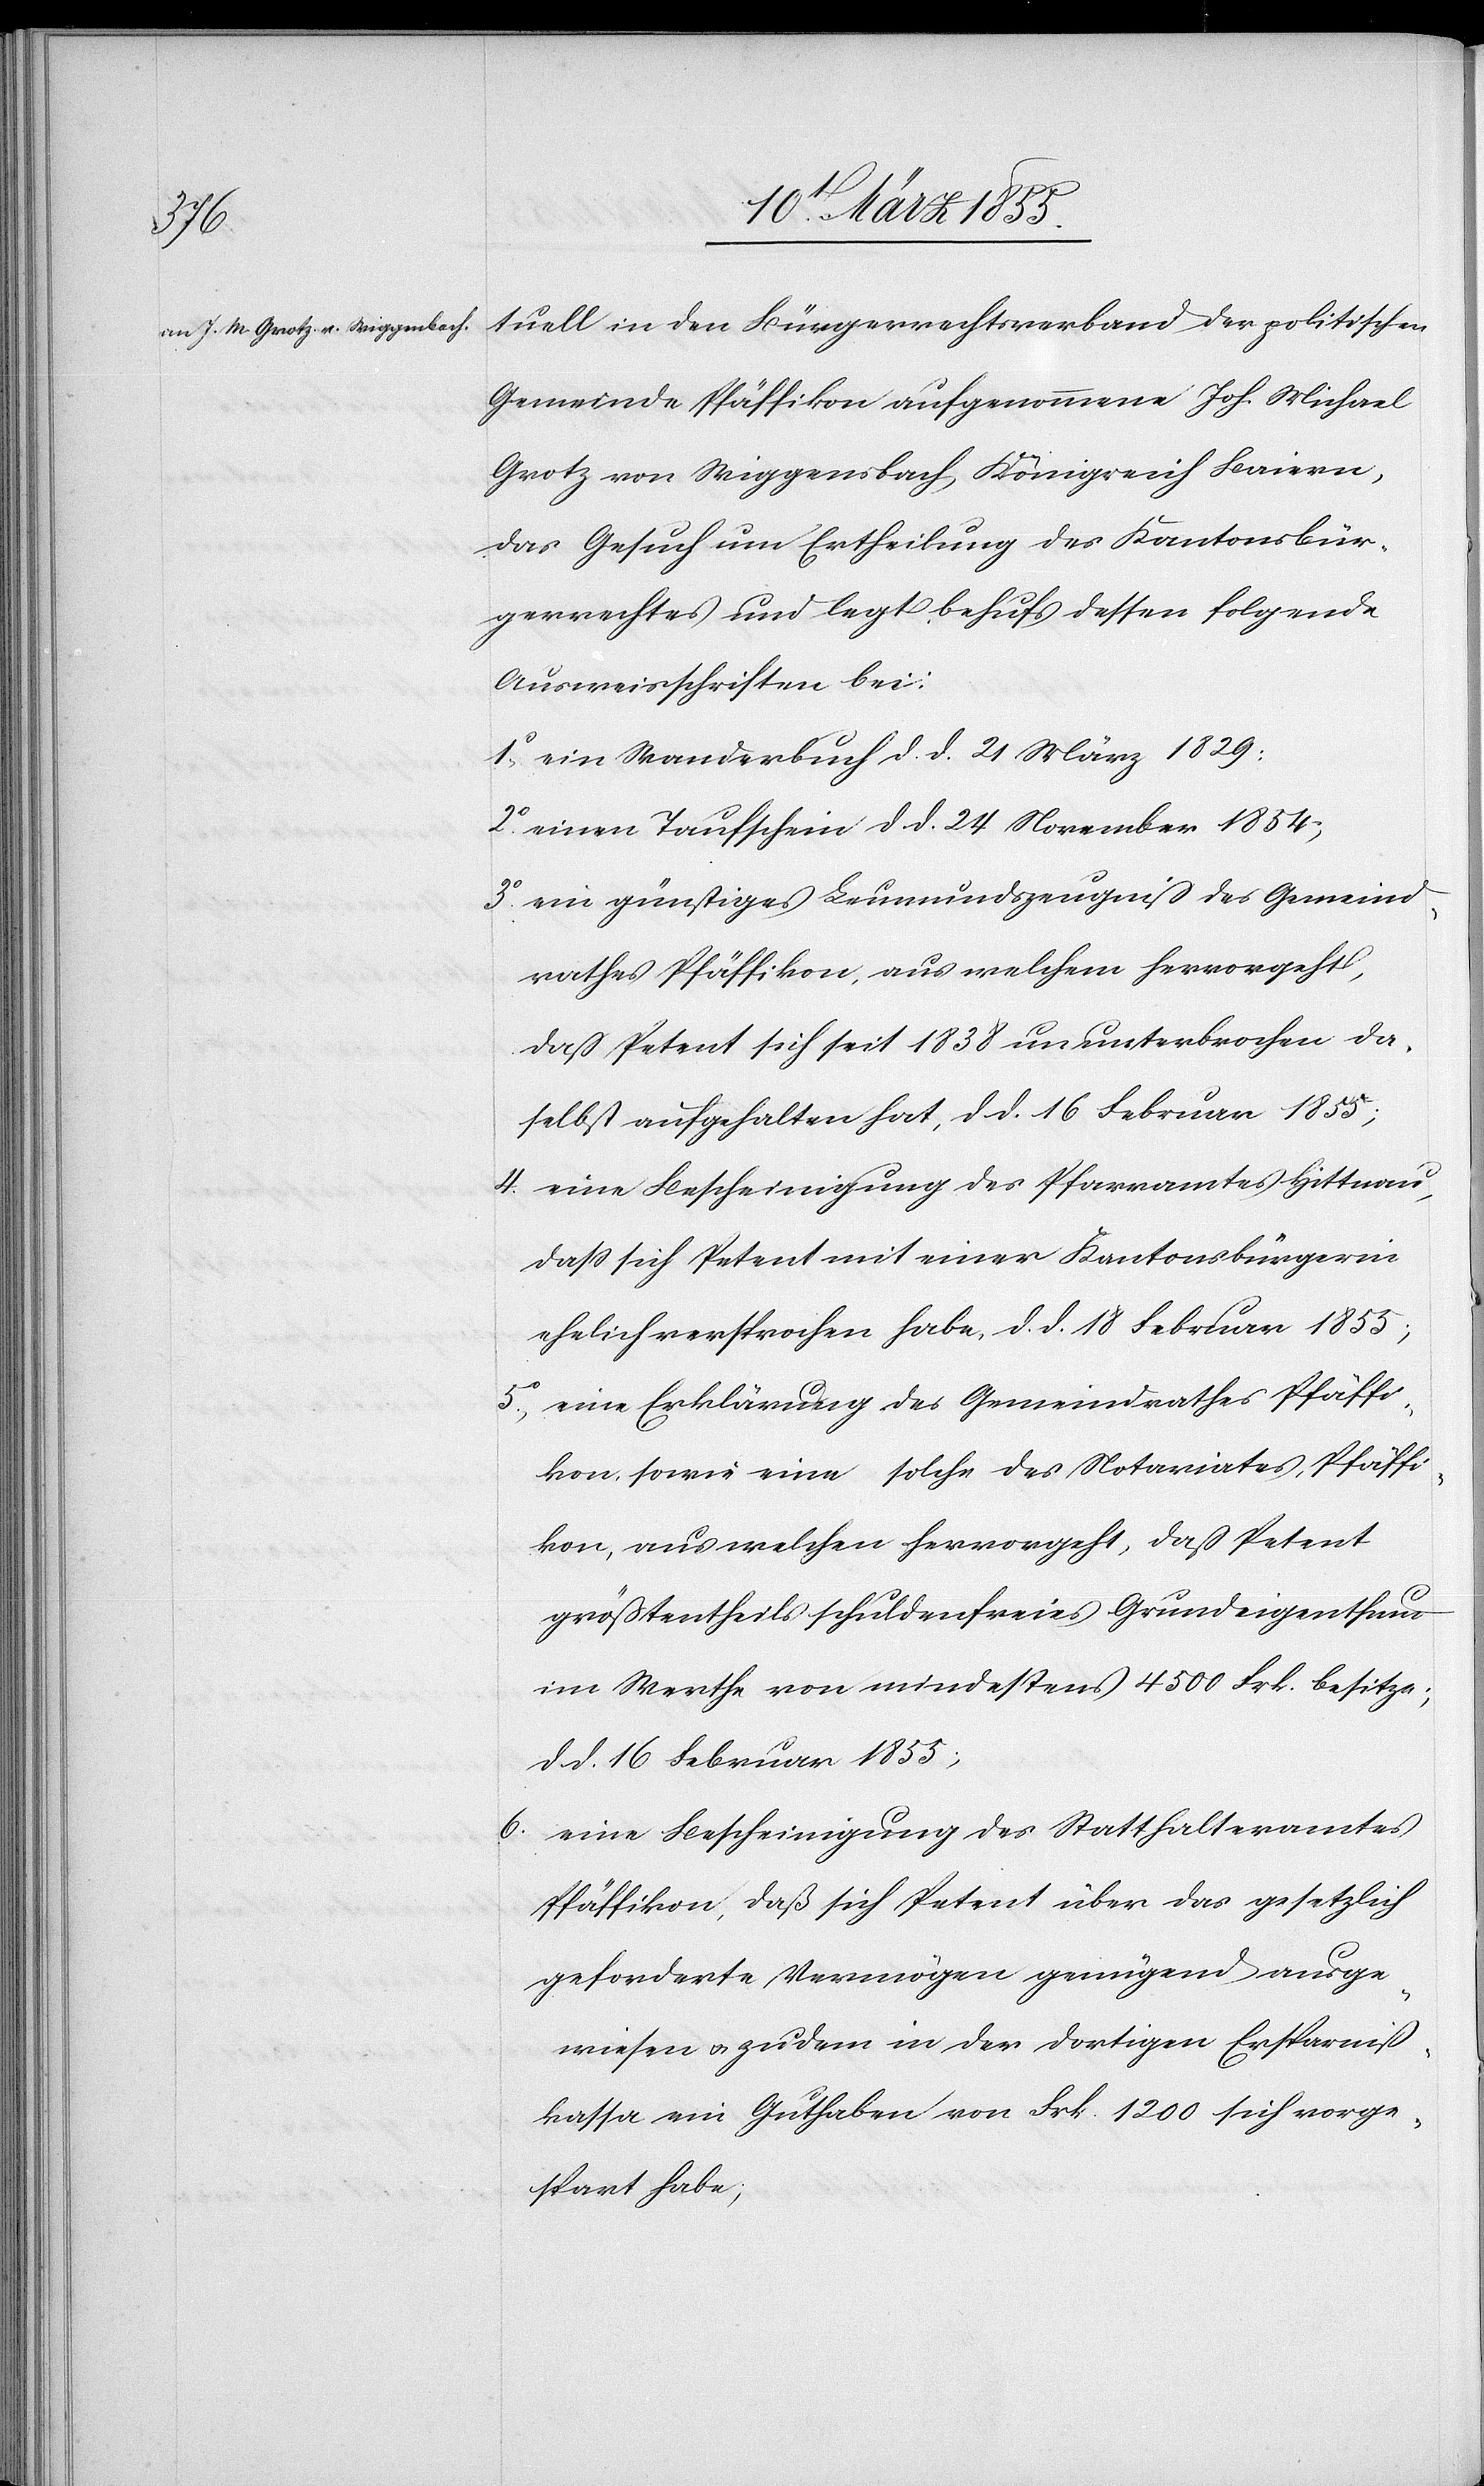
3o.

tuell in den Bürgerrechtsverband der politischen
Gemeinde Pfäffikon aufgenommene Joh. Michael
Grotz von Wiggensbach, Königreich Baiern,
das Gesuch um Ertheilung des Kantonsbür¬
gerrechtes und legt behufs dessen folgende
Ausweisschriften bei:
ein Wanderbuch d. d. 21 März 1829;
einen Taufschein d. d. 24 November 1854;
ein günstiges Leumundszeugniß des Gemeind¬
rathes Pfäffikon, aus welchem hervorgeht,
daß Petent sich seit 1838 ununterbrochen da¬
selbst aufgehalten hat, d. d. 16 Februar 1855;
eine Bescheinigung des Pfarramtes Hittnau,
dass sich Petent mit einer Kantonsbürgerin
ehelich versprochen habe, d. d. 18 Februar 1855;
eine Erklärung des Gemeindrathes Pfäffi¬
kon, sowie eine solche des Notariates, Pfäffi¬
kon, aus welchen hervorgeht, daß Petent
größtentheils schuldenfreies Grundeigenthum
im Werthe von mindestens 4500 Frk. besitze;
d. d. 16 Februar 1855;
eine Bescheinigung des Statthalteramtes
Pfäffikon, daß sich Petent über das gesetzlich
geforderte Vermögen genügend ausge¬
wiesen & zudem in der dortigen Ersparniß¬
kassa ein Guthaben von Frk. 1200 sich vorge¬
spart habe;